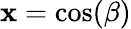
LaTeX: \mathbf{x}=\cos(\beta)